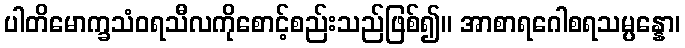
ပါတိမောက္ခသံဝရသီလကိုစောင့်စည်းသည်ဖြစ်၍။ အာစာရဂေါစရသမ္ပန္နော၊